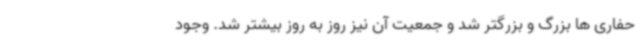
حفاری ها بزرگ و بزرگتر شد و جمعیت آن نیز روز به روز بیشتر شد. وجود